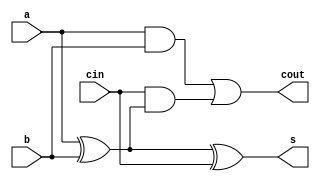
module FA(s,cout,a,b,cin);
input a,b,cin;
output s,cout;

wire x,y,z;

xor(x,a,b);
and(y,a,b);
and(z,cin,x);

xor(s,a,b,cin);
or(cout,y,z);

endmodule

module adder_subtractor(sum,cout,a,b,m);

input [3:0]a,b;
input m;
output [3:0]sum;
output cout;

wire c1,c2,c3;
wire p,q,r,s;

xor(p,b[0],m);
xor(q,b[1],m);
xor(r,b[2],m);
xor(s,b[3],m);

FA fa0(sum[0],c1,a[0],p,m);
FA fa1(sum[1],c2,a[1],q,c1);
FA fa2(sum[2],c3,a[2],r,c2);
FA fa3(sum[3],cout,a[3],s,c3);

endmodule